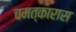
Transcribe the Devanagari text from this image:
चमत्कारास